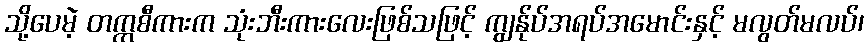
သို့ပေမဲ့ တက္ကစီကားက သုံးဘီးကားလေးဖြစ်သဖြင့် ကျွန်ုပ်အရပ်အမောင်းနှင့် မလွတ်မလပ်၊